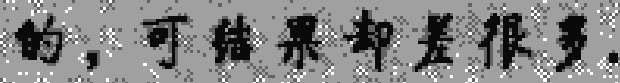
的，可结果却差很多.